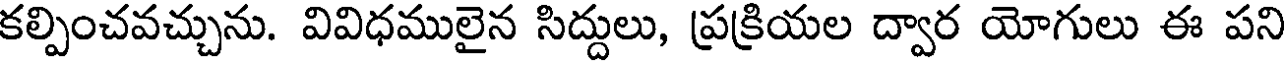
కల్పించవచ్చును. వివిధములైన సిద్దులు, ప్రక్రియల ద్వార యోగులు ఈ పని